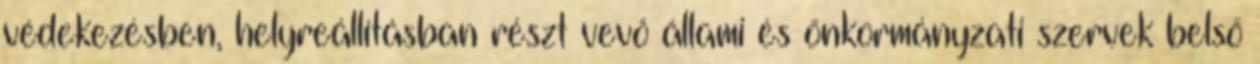
védekezésben, helyreállításban részt vevő állami és önkormányzati szervek belső